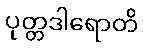
ပုတ္တဒါရောတိ